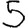
Digit: 5